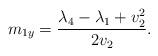
LaTeX: \begin{align*}m_{1y}=\frac{\lambda_4-\lambda_1+v_2^2}{2v_2}.\end{align*}